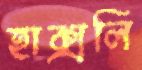
হাক্সলি